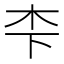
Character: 𪱱